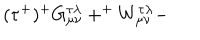
( \tau ^ { + } ) ^ { + } G _ { \mu \nu } ^ { \tau \lambda } + ^ { + } W _ { \mu \nu } ^ { \tau \lambda } -